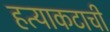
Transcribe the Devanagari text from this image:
हत्याकटाची